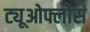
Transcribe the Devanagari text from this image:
ट्यूओफ्लोस